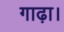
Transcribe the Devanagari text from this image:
गाढ़ा।